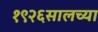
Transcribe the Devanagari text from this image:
१९२६सालच्या